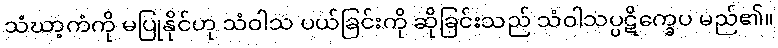
သံဃာ့ကံကို မပြုနိုင်ဟု သံဝါသ ပယ်ခြင်းကို ဆိုခြင်းသည် သံဝါသပ္ပဋိက္ခေပ မည်၏။